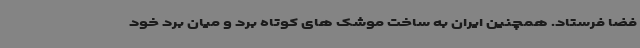
فضا فرستاد. همچنین ایران به ساخت موشک های کوتاه برد و میان برد خود